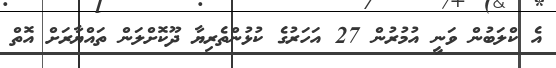
އެ ކްލަބުން ވަނީ އުމުރުން 27 އަހަރުގެ ކުޅުންތެރިޔާ ދޫކޮށްލަން ތައްޔާރަށް އޮތް